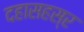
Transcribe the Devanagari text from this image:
दहासहस्र